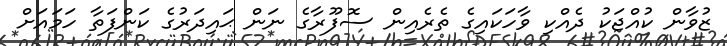
ޒުވާން ކުއްޖަކު ދެއްކި ވާހަކައިގެ ތެރެއިން ސޮފޫރާގެ ނަން ޙައިދަރުގެ ކަންފަތާ ހަމައަށް